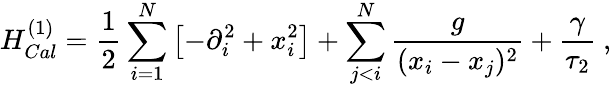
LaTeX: H_{Cal}^{(1)}={\frac{1}{2}}\sum_{i=1}^{N}\left[-\partial_{i}^{2}+x_{i}^{2}\right]+\sum_{j<i}^{N}\frac g{(x_{i}-x_{j})^{2}}+\frac{\gamma}{\tau_{2}}\ ,